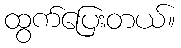
ထွက်ပြေးတယ်။